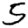
Digit: 5